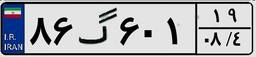
۱۶گ۱۲۷۱۹